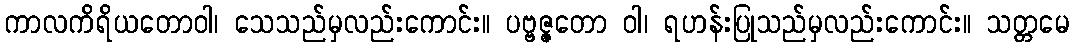
ကာလကိရိယတောဝါ၊ သေသည်မှလည်းကောင်း။ ပဗ္ဗဇ္ဇတော ဝါ၊ ရဟန်းပြုသည်မှလည်းကောင်း။ သတ္တမေ